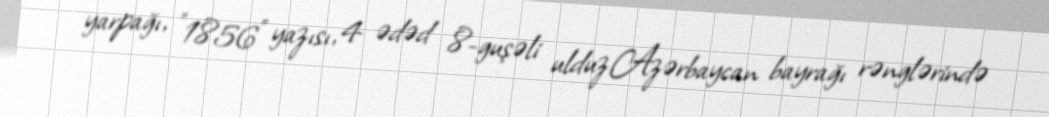
yarpağı, "1856" yazısı, 4 ədəd 8-guşəli ulduz,Azərbaycan bayrağı rənglərində